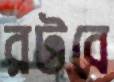
রটবে